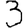
Digit: 3